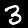
Label: 3